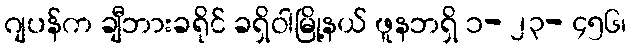
ဂျပန်က ချီဘားခရိုင် ခရှိဝါမြို့နယ် ဖူနဘရှိ ၁- ၂၃- ၄၅၆၊